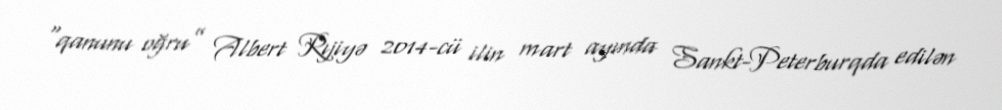
“qanunu oğru” Albert Rıjiyə 2014-cü ilin mart ayında Sankt-Peterburqda edilən